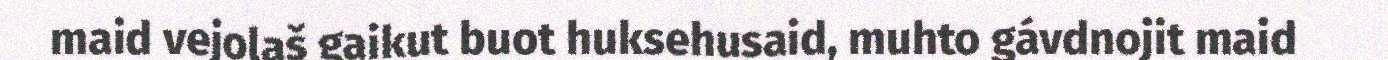
maid vejolaš gaikut buot huksehusaid, muhto gávdnojit maid